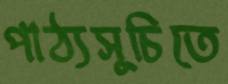
পাঠ্যসূচিতে